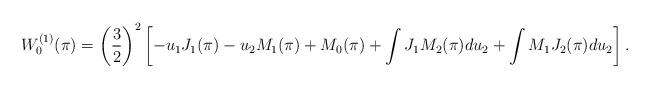
LaTeX: \begin{align*}W_0^{(1)}(\pi)=\left(\frac{3}{2}\right)^2\left[-u_1J_1(\pi)-u_2M_1(\pi)+M_0(\pi)+\int J_1 M_2(\pi)du_2+\int M_1J_2(\pi) du_2\right].\end{align*}